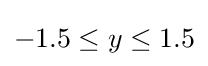
-1.5\leq y\leq 1.5